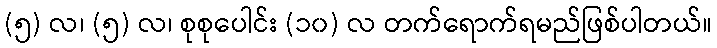
(၅) လ၊ (၅) လ၊ စုစုပေါင်း (၁၀) လ တက်ရောက်ရမည်ဖြစ်ပါတယ်။